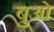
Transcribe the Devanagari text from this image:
बुओं